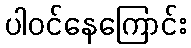
ပါဝင်နေကြောင်း